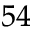
^ { 5 4 }